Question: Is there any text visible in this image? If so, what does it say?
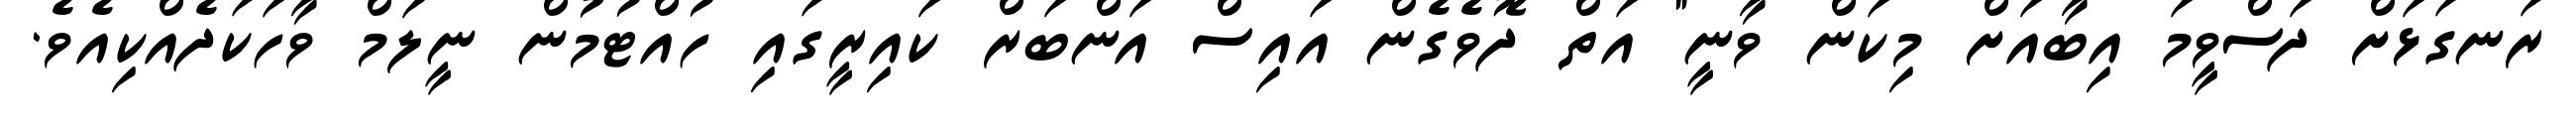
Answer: ރަނގަޅަށް ދަސްވީމަ އިބާއަށް މިކަން ވާނީ" އަތް ދޮވެގެން އައިސް އަންބަރް ކައިރީގައި ހުއްޓުމުން ނީލަމް ވާހަކަދެއްކިއެވެ.